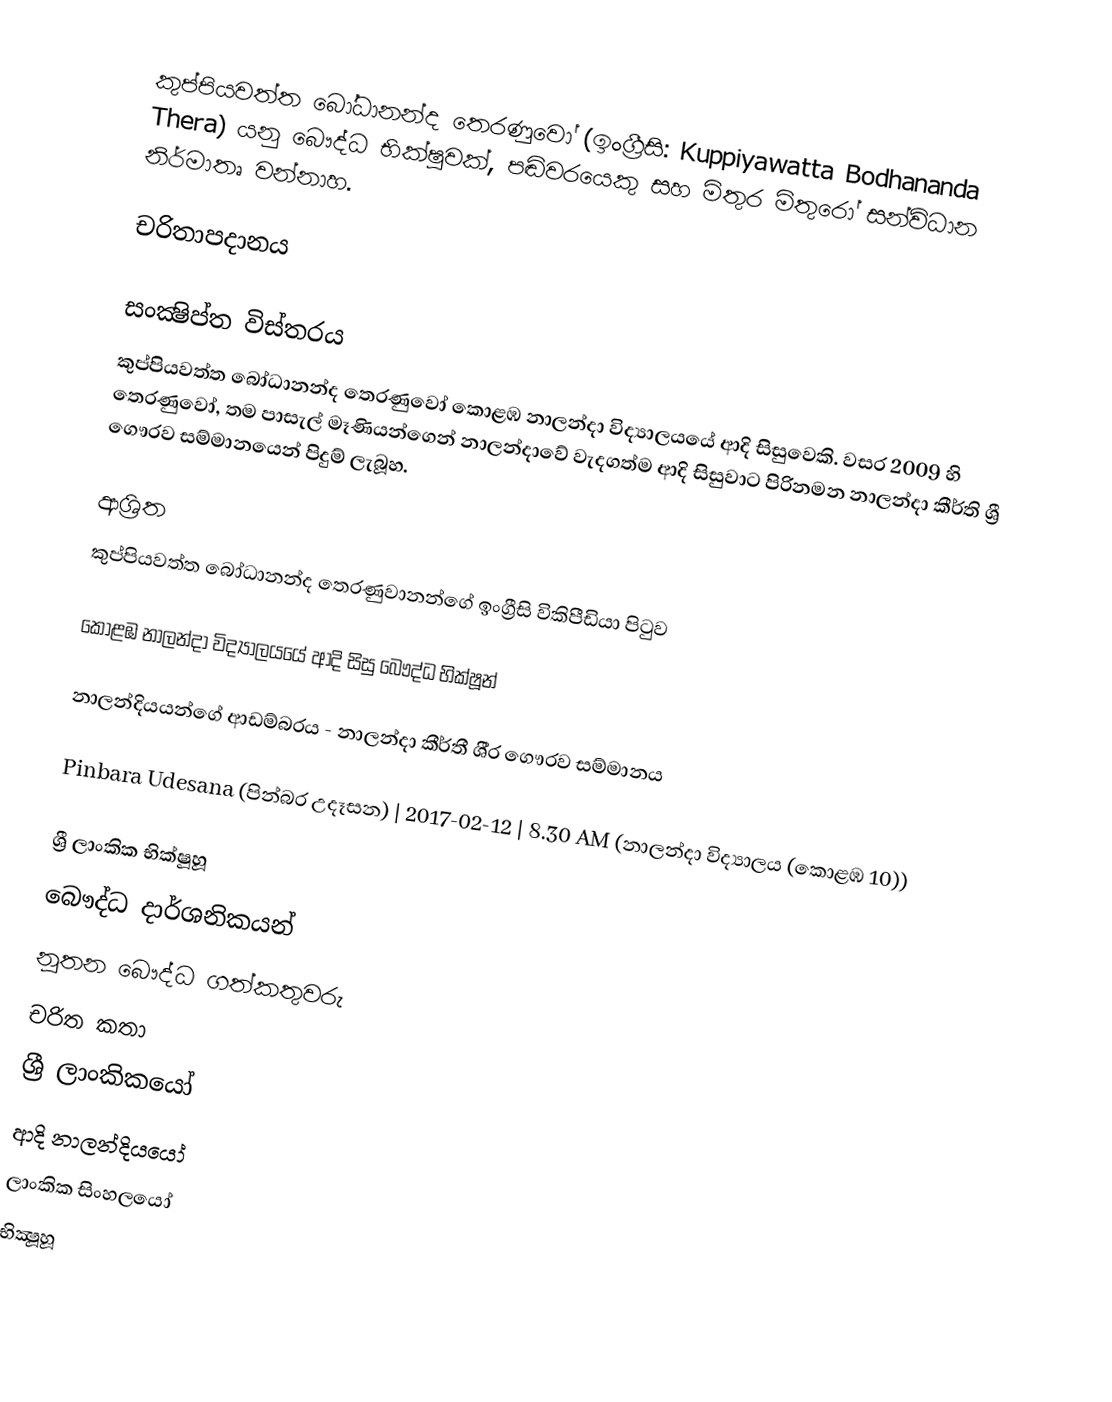
කුප්පියවත්ත බෝධානන්ද තෙරණුවෝ (ඉංග්‍රීසි: Kuppiyawatta Bodhananda Thera) යනු බෞද්ධ භික්ෂුවක්, පඬිවරයෙකු සහ මිතුර මිතුරෝ සන්විධාන නිර්මාතෘ වන්නාහ.

චරිතාපදානය

සංක්‍ෂිප්ත විස්තරය
කුප්පියවත්ත බෝධානන්ද තෙරණුවෝ කොළඹ නාලන්දා විද්‍යාලයයේ ආදි සිසුවෙකි. වසර 2009 හි තෙරණුවෝ, තම පාසැල් මෑණියන්ගෙන් නාලන්දාවේ වැදගත්ම ආදි සිසුවාට පිරිනමන නාලන්දා කීර්ති ශ්‍රී ගෞරව සම්මානයෙන් පිදුම් ලැබූහ.

ආශ්‍රිත
  කුප්පියවත්ත බෝධානන්ද තෙරණුවානන්ගේ ඉංග්‍රීසි විකිපීඩියා පිටුව

 කොළඹ නාලන්දා විද්‍යාලයයේ ආදි සිසු බෞද්ධ භික්ෂූන්

 නාලන්දියයන්ගේ ආඩම්බරය - නාලන්දා කීර්තී ශී‍්‍ර ගෞරව සම්මානය

 Pinbara Udesana (පින්බර උදෑසන) | 2017-02-12 | 8.30 AM (නාලන්දා විද්‍යාලය (කොළඹ 10))

ශ්‍රී ලාංකික භික්ෂූහූ
බෞද්ධ දාර්ශනිකයන්
නූතන බෞද්ධ ගත්කතුවරු
චරිත කතා
ශ්‍රී ලාංකිකයෝ
ආදි නාලන්දියයෝ
ලාංකික සිංහලයෝ
භික්‍ෂූහූ